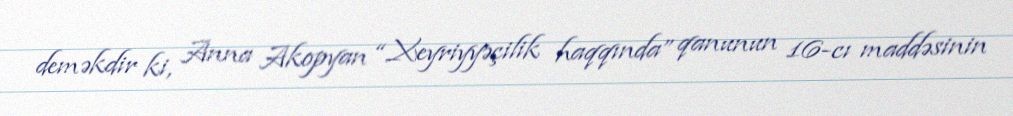
deməkdir ki, Anna Akopyan “Xeyriyyəçilik haqqında” qanunun 16-cı maddəsinin